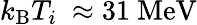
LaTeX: k_{\mathrm{B}}T_{i}~\approx 31~\mathrm{{MeV}}